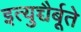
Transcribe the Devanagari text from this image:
इत्युच्चैर्बूते